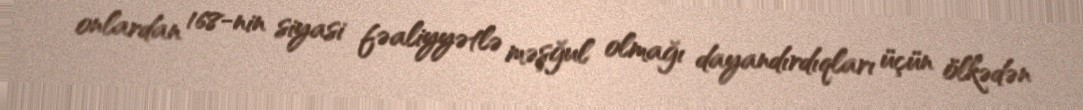
onlardan 168-nin siyasi fəaliyyətlə məşğul olmağı dayandırdıqları üçün ölkədən